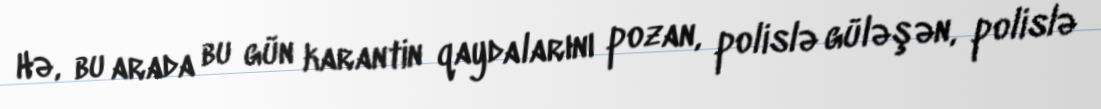
Hə, bu arada bu gün karantin qaydalarını pozan, polislə güləşən, polislə